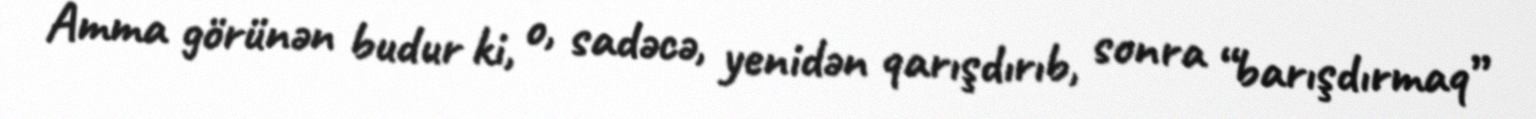
Amma görünən budur ki, o, sadəcə, yenidən qarışdırıb, sonra “barışdırmaq”